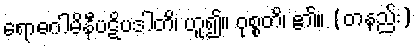
ရောဓဂါမိနီပဋိပဒါတိ၊ ဟူ၍။ ဝုစ္စတိ၊ ၏။ (တနည်း)